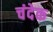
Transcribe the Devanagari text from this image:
चंदेक